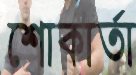
শোকার্তা